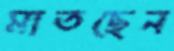
মাতছেন